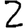
Digit: 2